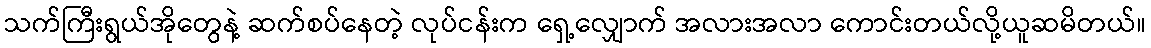
သက်ကြီးရွယ်အိုတွေနဲ့ ဆက်စပ်နေတဲ့ လုပ်ငန်းက ရှေ့လျှောက် အလားအလာ ကောင်းတယ်လို့ယူဆမိတယ်။